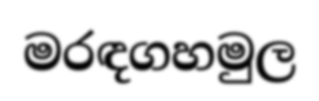
මරඳගහමුල